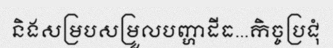
និងសម្របសម្រួលបញ្ហាដីធ...កិច្ចប្រជុំ